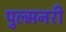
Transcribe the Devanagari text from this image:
पुल्मनरी